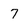
Character: 7